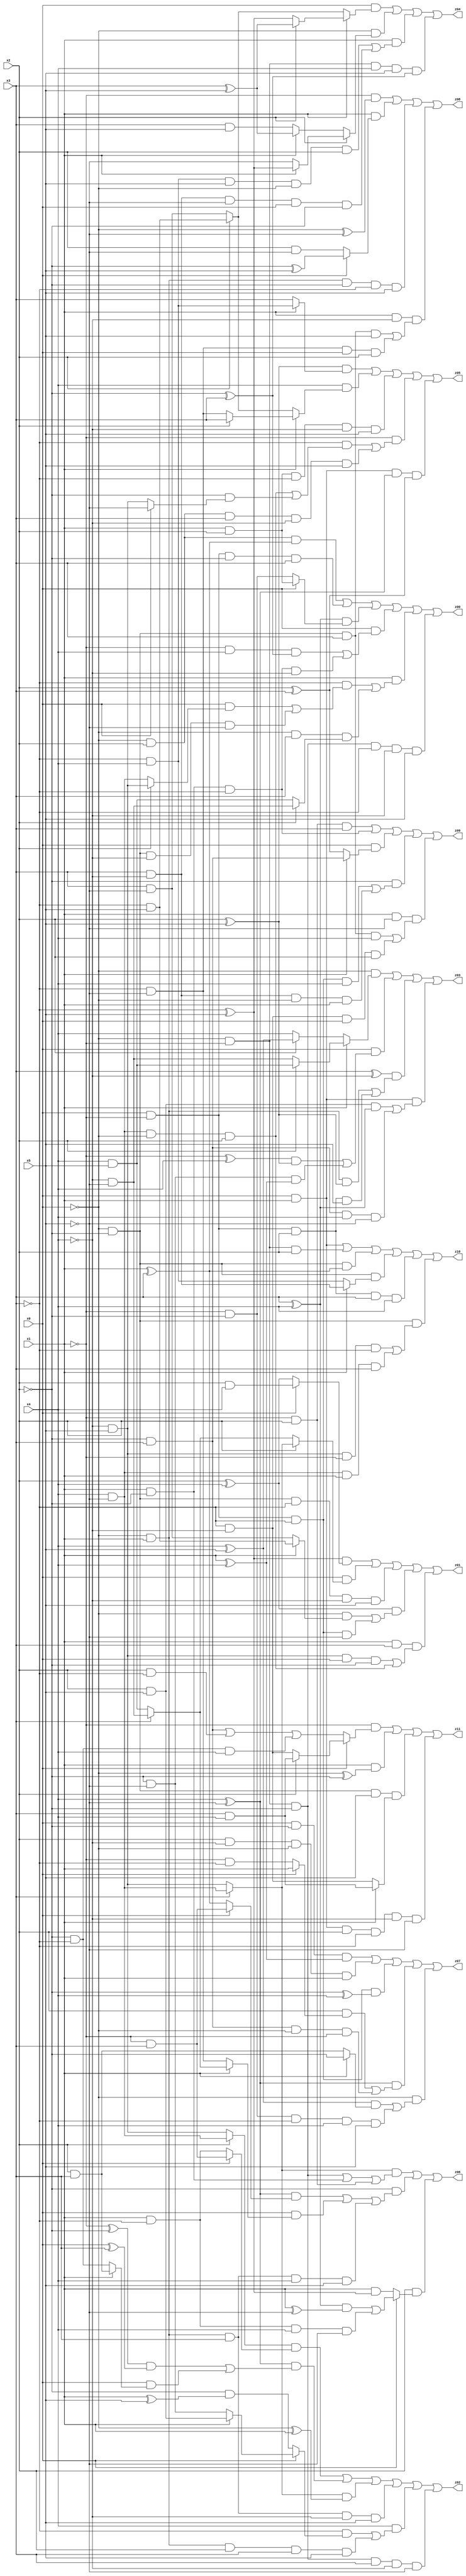
// Benchmark "X_16" written by ABC on Fri May 26 04:02:16 2023

module X_16 ( 
    x0, x1, x2, x3, x4, x5,
    z00, z01, z02, z03, z04, z05, z06, z07, z08, z09, z10, z11  );
  input  x0, x1, x2, x3, x4, x5;
  output z00, z01, z02, z03, z04, z05, z06, z07, z08, z09, z10, z11;
  assign z00 = (~x0 & x2 & (x1 ^ x3)) | (x0 & ~x1 & ~x2 & x3) | ((x3 ^ x4) & (x0 ? (x1 & x2) : (~x1 & ~x2))) | (x0 & ((~x1 & x4 & (~x2 ^ x3)) | (x1 & ~x2 & ~x3 & ~x4))) | (x1 & ((~x3 & ((x0 & (x2 ? (~x4 & x5) : (x4 & ~x5))) | (~x0 & ~x2 & ~x4 & ~x5))) | (~x0 & x3 & (x2 ? (~x4 & ~x5) : (x4 & x5))))) | (~x0 & ~x1 & ~x2 & ~x3 & ~x4 & x5);
  assign z01 = ((~x3 ^ x5) & (x0 ? (x2 & x4) : (x2 ^ x4))) | (x0 & (x2 ? (x3 ? (x4 & ~x5) : (~x4 & x5)) : (x3 ? (~x4 & ~x5) : (x4 & x5)))) | (~x0 & ~x2 & ~x3 & ~x4 & x5) | ((x2 ^ x4) & ((~x0 & (x1 ? (~x3 & x5) : (x3 & ~x5))) | (x0 & ~x1 & ~x3 & ~x5))) | (x1 & x3 & ((~x4 & x5 & x0 & ~x2) | (x4 & ~x5 & ~x0 & x2)));
  assign z02 = ((x2 ? (x4 & ~x5) : (~x4 & x5)) & (x0 ? (~x1 & x3) : (x1 & ~x3))) | ((x4 ^ ~x5) & (((~x1 ^ ~x2) & (x0 ^ x3)) | (x0 & (x1 ? (x2 & x3) : (~x2 & ~x3))))) | ((x3 ? (x4 & ~x5) : (~x4 & x5)) & (~x0 ^ x1)) | (~x0 & x1 & x3 & ~x4 & x5) | (x4 & ((~x3 & (x0 ? (x1 ? (x2 & x5) : (~x2 & ~x5)) : (~x2 & (x1 ^ x5)))) | (~x0 & x1 & x2 & x3 & x5))) | (~x0 & ~x1 & ~x2 & x3 & ~x4 & ~x5);
  assign z03 = (~x0 & (x1 ? (x2 ? (x4 & x5) : (~x4 & ~x5)) : (x2 ? (x4 ^ x5) : x4))) | (x0 & (((~x1 ^ x4) & (x2 ^ x5)) | (~x2 & ~x5 & (x1 ^ x4)))) | ((x3 ^ ~x4) & ((~x0 & x1 & (x2 ^ x5)) | (x0 & ~x1 & x2 & x5))) | (x0 & x1 & ((x2 & x5 & (x3 ^ x4)) | (~x2 & x3 & x4 & ~x5)));
  assign z04 = (x0 & (x1 ? (x2 ? (x3 ^ x5) : (~x3 ^ x5)) : (x2 ? (~x3 & x5) : (x3 & ~x5)))) | (~x0 & (x2 ? (x1 ? (~x3 ^ x5) : ~x5) : (x1 ? (x3 ^ x5) : (x3 & x5)))) | (x1 & ((~x3 & x4 & x5 & ~x0 & x2) | (x3 & ~x4 & ~x5 & x0 & ~x2))) | (~x0 & ~x1 & x4 & x5 & (~x2 ^ x3));
  assign z05 = ((x2 ^ x5) & (x1 ? (~x3 & x4) : x3)) | (x4 & (x1 ? (x2 ? x3 : (~x3 & ~x5)) : (x2 ? (~x3 & x5) : (x3 & ~x5)))) | (x1 & x2 & ~x3 & ~x4 & x5) | (~x1 & ((~x3 & ((x4 & ~x5 & ~x0 & x2) | (~x2 & (x0 ? ~x5 : (~x4 & x5))))) | (~x0 & x2 & x3 & ~x4 & x5))) | (x0 & x1 & (x4 ^ ~x5) & (x2 ^ x3));
  assign z06 = ((x3 ? (x4 & ~x5) : (~x4 & x5)) & ((~x0 & ~x1 & ~x2) | (x1 & ~x2) | (~x1 & x2))) | (~x2 & (((x4 ^ ~x5) & (x0 ? (~x1 & x3) : (x1 ^ x3))) | (x0 & (x1 ? (x3 ? (~x4 & ~x5) : (x4 & x5)) : (~x3 & ~x5))) | (~x0 & x1 & x3 & x4 & x5))) | (x2 & (x0 ? (((x3 ^ x4) & (x1 ^ ~x5)) | (x1 & ~x3 & x4 & ~x5)) : (x1 & (~x3 ^ x5))));
  assign z07 = (x0 & ~x2 & (x1 ^ x4)) | (x2 & ~x4 & ~x0 & x1) | (x0 & ~x1 & ~x3 & (~x2 ^ x4)) | ((x4 ^ ~x5) & ((x2 & (x0 ? x1 : (~x1 & ~x3))) | (~x2 & x3 & ~x0 & ~x1))) | (~x0 & (((x4 ^ x5) & (x1 ? ~x2 : (x2 & x3))) | (~x1 & ~x2 & ~x3 & x4 & x5)));
  assign z08 = (~x1 & (~x0 ^ ~x5)) | (x1 & (x0 ? (~x2 ^ x5) : (x2 & ~x5))) | (~x0 & x1 & ~x2 & ~x3 & x5) | (x1 & ~x4 & ((~x0 & ~x2 & x3 & x5) | (~x3 & ~x5 & x0 & x2)));
  assign z09 = (~x1 & x2 & x3) | (x1 & ~x2 & ~x3) | (x0 & (x1 ? (~x2 & x3) : (x2 ^ x3))) | (~x2 & ((x0 & ~x1 & ~x3 & x4) | (x3 & ~x4 & ~x0 & x1))) | (x1 & ~x5 & ((~x0 & ~x2 & x3 & x4) | (~x3 & ~x4 & x0 & x2)));
  assign z10 = (x0 & x1) | (~x0 & ~x1 & x2) | (~x0 & ~x2 & (x1 ^ x3)) | (~x0 & ~x2 & (x1 ? (x3 & ~x4) : (~x3 & x4))) | (x0 & ~x1 & x2 & x3 & x4) | (~x0 & ~x2 & ((~x4 & x5 & ~x1 & ~x3) | (x4 & ~x5 & x1 & x3)));
  assign z11 = (~x1 & (x0 ? (x2 ? (x3 & x4) : (~x3 & ~x4)) : ((~x2 & x3) | (x2 & ~x3) | (~x2 & ~x3 & x4)))) | (x1 & (~x0 ^ ~x2)) | (~x0 & ~x2 & x5 & (x1 ? (x3 & x4) : (~x3 & ~x4))) | (x0 & x1 & x2 & ~x3 & ~x4 & ~x5);
endmodule